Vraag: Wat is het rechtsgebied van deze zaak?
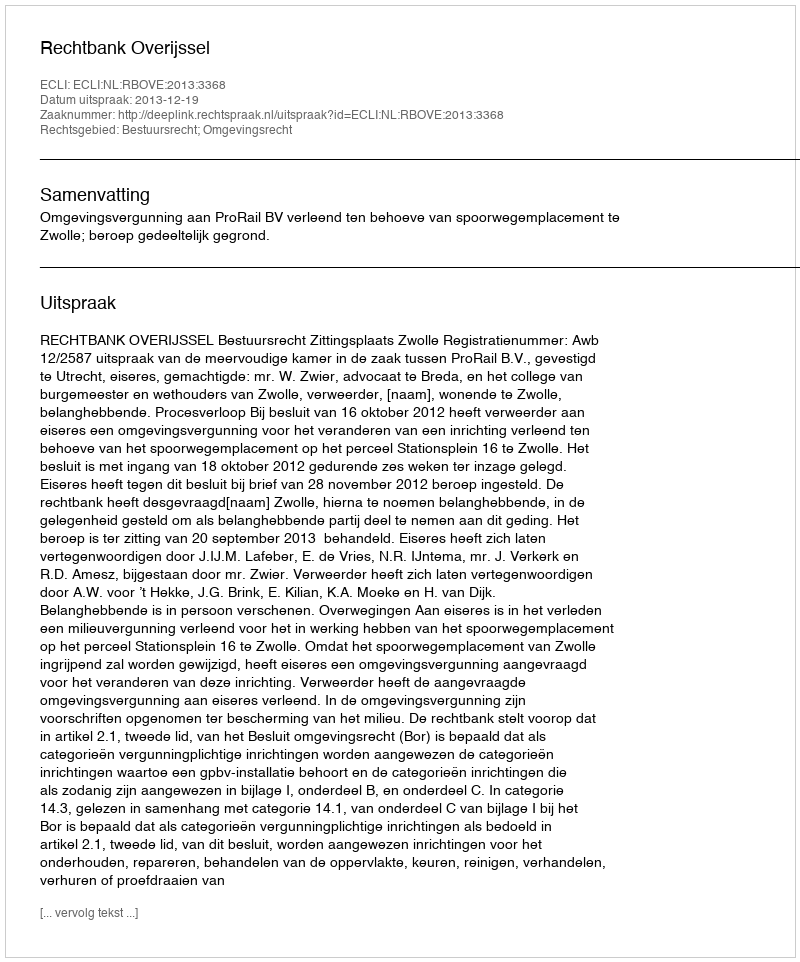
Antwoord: Bestuursrecht; Omgevingsrecht